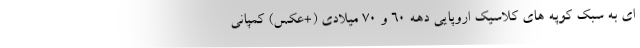
ای به سبک کوپه های کلاسیک اروپایی دهه 60 و 70 میلادی (+عکس) کمپانی